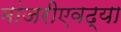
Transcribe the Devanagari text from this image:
मांजरीएवढ्या